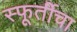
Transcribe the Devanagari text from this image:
स्फूर्तीचा